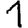
Digit: 1